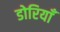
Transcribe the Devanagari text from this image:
डोरियाँ